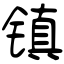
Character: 镇